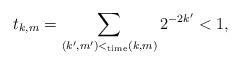
LaTeX: \begin{align*}t_{k,m} = \sum_{(k',m')<_\mathrm{time}(k,m)} 2^{-2k'} < 1,\end{align*}